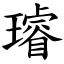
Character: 璿